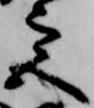
宮